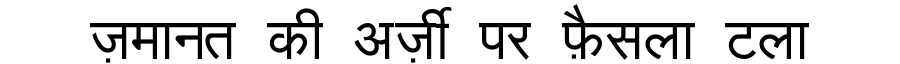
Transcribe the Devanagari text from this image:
ज़मानत की अर्ज़ी पर फ़ैसला टला